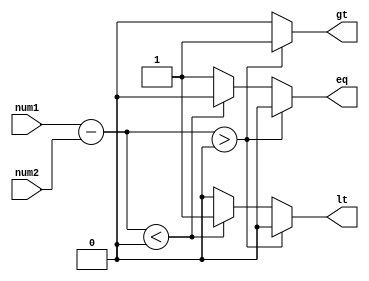
module unsigned_comparator (
    input [7:0] num1,
    input [7:0] num2,
    output reg gt, // greater than
    output reg lt, // less than
    output reg eq // equal to
);

reg [7:0] diff;

always @* begin
    diff = num1 - num2;
    
    if(diff > 0) begin
        gt = 1;
        lt = 0;
        eq = 0;
    end else if(diff < 0) begin
        gt = 0;
        lt = 1;
        eq = 0;
    end else begin
        gt = 0;
        lt = 0;
        eq = 1;
    end
end

endmodule